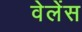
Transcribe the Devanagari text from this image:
वेलेंस